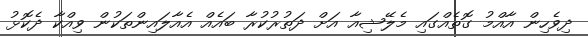
ދިވެހިން އާއްމު ގޮތެއްގައި މެލޭޝިއާ އަށް ދަތުރުކުރާ ބައެއް އެއާލައިންތަކުން ވިއްކާ ދެކޮޅު